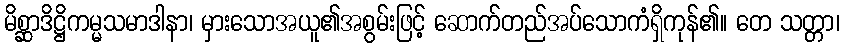
မိစ္ဆာဒိဋ္ဌိကမ္မသမာဒါနာ၊ မှားသောအယူ၏အစွမ်းဖြင့် ဆောက်တည်အပ်သောကံရှိကုန်၏။ တေ သတ္တာ၊